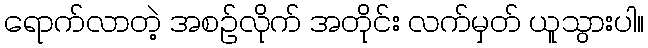
ရောက်လာတဲ့ အစဉ်လိုက် အတိုင်း လက်မှတ် ယူသွားပါ။